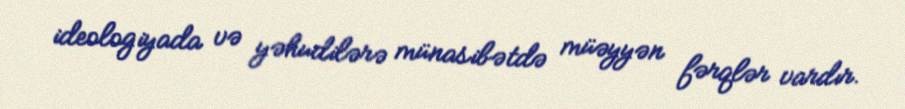
ideologiyada və yəhudilərə münasibətdə müəyyən fərqlər vardır.